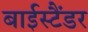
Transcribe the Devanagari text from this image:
बाईस्टैंडर